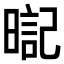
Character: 𣉸